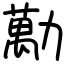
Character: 勱